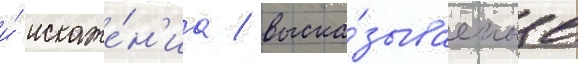
и́ искаже́н'иа / выска́зываемые